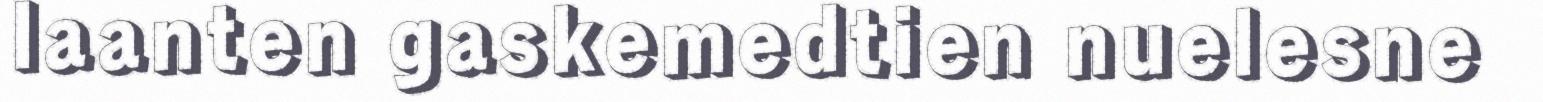
laanten gaskemedtien nuelesne